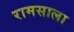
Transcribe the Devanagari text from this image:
रामसाला